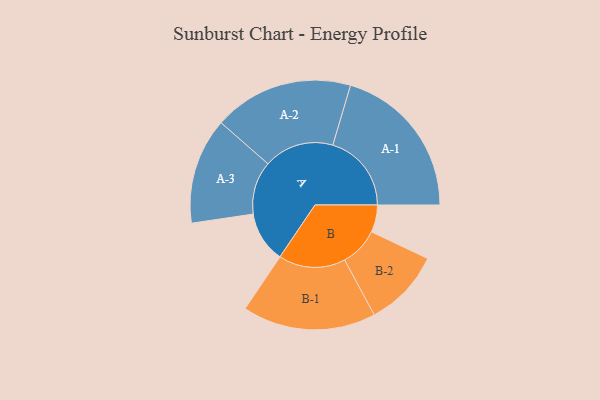
{"axis": {"x": "Segment", "y": "Value"}, "legend": ["", "A", "B"], "data": [{"x": "A", "y": 193, "type": ""}, {"x": "B", "y": 103, "type": ""}, {"x": "A-1", "y": 298, "type": "A"}, {"x": "A-2", "y": 265, "type": "A"}, {"x": "A-3", "y": 201, "type": "A"}, {"x": "B-1", "y": 253, "type": "B"}, {"x": "B-2", "y": 147, "type": "B"}]}